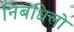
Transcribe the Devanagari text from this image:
निबंधिलो